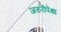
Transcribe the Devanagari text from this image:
जरुरीपेक्षा